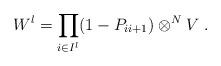
LaTeX: \begin{align*}W^{\l} = \prod_{i\in I^{\l}} (1 - P_{ii+1})\otimes^N V \; . \end{align*}